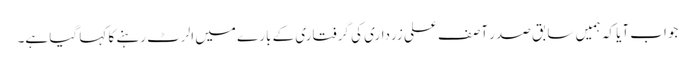
جواب آیا کہ ہمیں سابق صدر آصف علی زرداری کی گرفتاری کے بارے میں الرٹ رہنے کا کہا گیا ہے۔